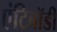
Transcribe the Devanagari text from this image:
एंटिबॉडी